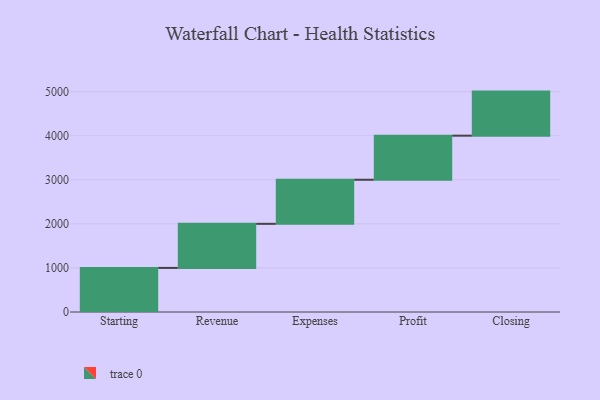
{"axis": {"x": "Step", "y": "Value"}, "legend": [""], "data": [{"x": "Starting", "y": 1000, "type": ""}, {"x": "Revenue", "y": 1000, "type": ""}, {"x": "Expenses", "y": 1000, "type": ""}, {"x": "Profit", "y": 1000, "type": ""}, {"x": "Closing", "y": 1000, "type": ""}]}